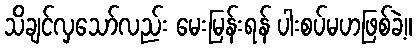
သိချင်လှသော်လည်း မေးမြန်းရန် ပါးစပ်မဟဖြစ်ခဲ့။